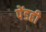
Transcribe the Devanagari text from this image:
पेंडही